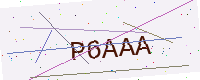
Text: P6AAA